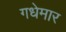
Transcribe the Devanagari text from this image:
गधेमार